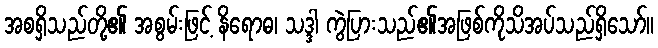
အစရှိသည်တို့၏ အစွမ်းဖြင့် နိရောဓ၊ သဒ္ဒါ ကွဲပြားသည်၏အဖြစ်ကိုသိအပ်သည်ရှိသော်။